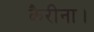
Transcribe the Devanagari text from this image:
कैरीना।